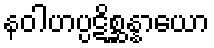
နဝါဟပ္ပဋိစ္ဆန္နာယော